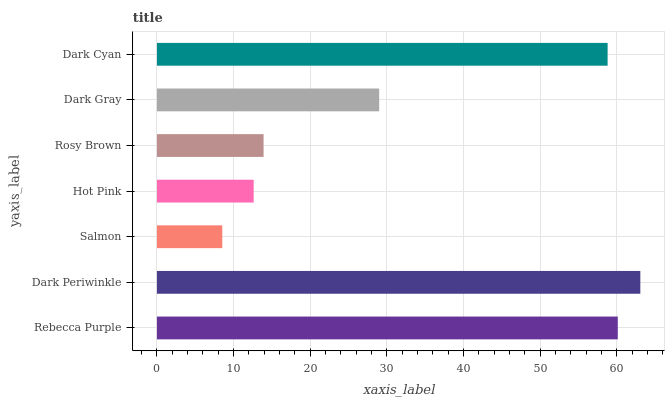
| yaxis_label | bars |
 | --- | --- |
 | Rebecca Purple | 60.1 |
 | Dark Periwinkle | 63.1 |
 | Salmon | 8.52 |
 | Hot Pink | 12.6 |
 | Rosy Brown | 13.9 |
 | Dark Gray | 29 |
 | Dark Cyan | 58.8 |